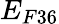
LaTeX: E_{F36}